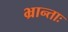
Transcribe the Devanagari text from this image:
भ्रान्ताः